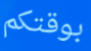
بوقتكم